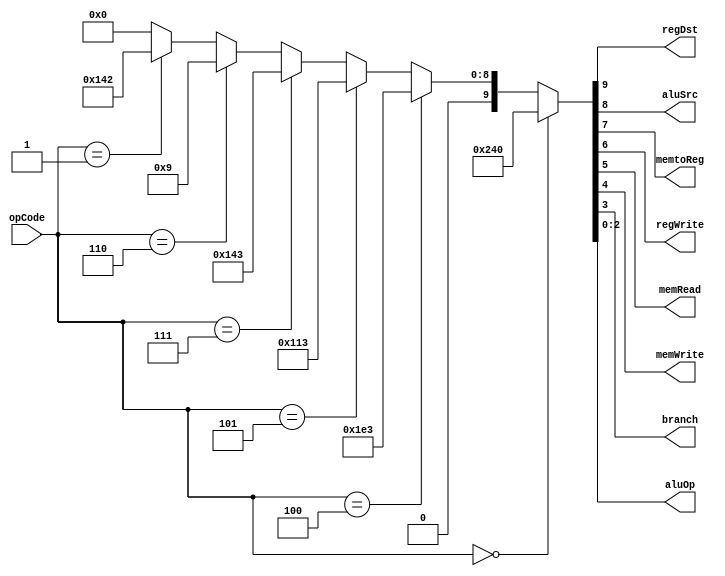
`timescale 1ns / 1ps
//////////////////////////////////////////////////////////////////////////////////
// Company: 
// Engineer: 
// 
// Design Name: 
// Module Name:    controUnit 
// Project Name: 
// Target Devices: 
// Tool versions: 
// Description: 
//
// Dependencies: 
//
// Revision: 
// Revision 0.01 - File Created
// Additional Comments: 
//
//////////////////////////////////////////////////////////////////////////////////
module controlUnit(opCode, regDst, aluSrc , memtoReg,
 regWrite , memRead , memWrite , 
branch , aluOp );

input [5:0]opCode;
output regDst, aluSrc , memtoReg,regWrite , memRead , memWrite , branch ;
output[2:0] aluOp;
wire [9:0]out;

assign out=opCode==6'b000000 ? 10'b1001000000:
			opCode==6'b000100 ? 10'b0111100011:
			opCode==6'b000101 ? 10'b0100010011:
			opCode==6'b000111 ? 10'b0101000011:
			opCode==6'b000110 ? 10'b0000001001:
  			opCode==6'b000001 ? 10'b0101000010:0000000000;


assign regDst=out[9];
assign aluSrc=out[8];
assign memtoReg=out[7];
assign regWrite=out[6];
assign memRead=out[5];
assign memWrite=out[4];
assign branch=out[3];
assign aluOp=out[2:0];


endmodule